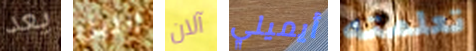
يعد الليل آلان أيميلي تعلمته